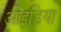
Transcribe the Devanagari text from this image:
ओइडिया